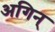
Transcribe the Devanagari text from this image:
अगिन्